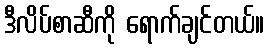
ဒီလိပ်စာဆီကို ရောက်ချင်တယ်။